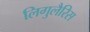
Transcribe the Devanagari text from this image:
लिगुलैरिस